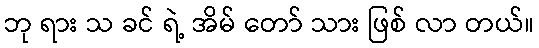
ဘု ရား သ ခင် ရဲ့ အိမ် တော် သား ဖြစ် လာ တယ်။